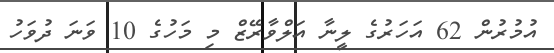
އުމުރުން 62 އަހަރުގެ ލީނާ އަލްވާރޭޒް މި މަހުގެ 10 ވަނަ ދުވަހު